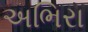
અભિરા